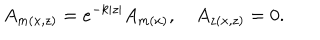
A _ { m ( x , z ) } = e ^ { - k | z | } A _ { m ( x ) } , \quad A _ { z ( x , z ) } = 0 .